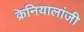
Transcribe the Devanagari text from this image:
क्रेनियालांजी